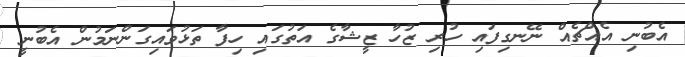
އެބުނި އެއްޗެއް ނޭނގިފައި ހުރި ޒުހާ ޒީޝާގެ އަތުގައި ހިފާ ތަޅުވައިގަންނަމުން އެބުނީ